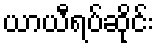
ယာယီရပ်ဆိုင်း